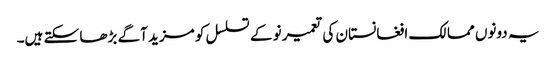
یہ دونوں ممالک افغانستان کی تعمیر نو کے تسلسل کو مزید آگے بڑھا سکتے ہیں۔